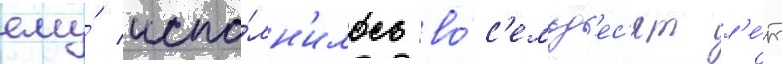
ему́ испо́лн'илось во́с'емьд'ес'ят л'е́т